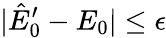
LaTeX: |\hat{E}_{0}^{\prime}-E_{0}|\le\epsilon